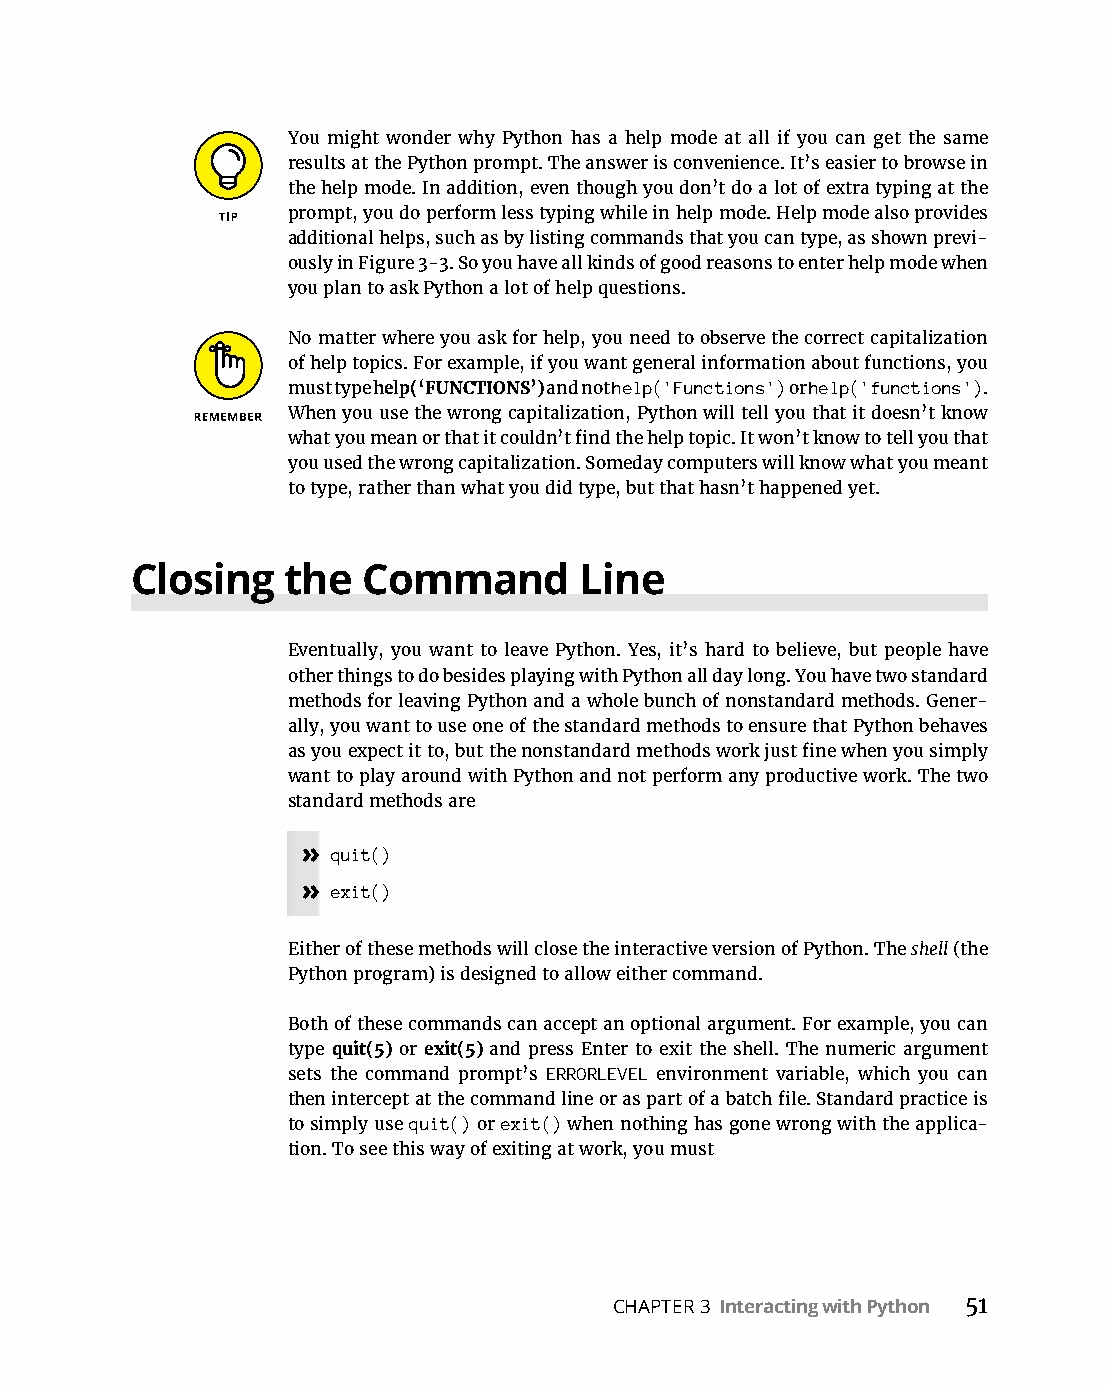
You might wonder why Python has a help mode at all if you can get the same
 results at the Python prompt. The answer is convenience. It’s easier to browse in
 the help mode. In addition, even though you don’t do a lot of extra typing at the
 prompt, you do perform less typing while in help mode. Help mode also provides
 additional helps, such as by listing commands that you can type, as shown previ-
 ously in Figure 3-3. So you have all kinds of good reasons to enter help mode when
 you plan to ask Python a lot of help questions.
 No matter where you ask for help, you need to observe the correct capitalization
 of help topics. For example, if you want general information about functions, you
 must type help(‘FUNCTIONS’) and not help('Functions') or help('functions').
 When you use the wrong capitalization, Python will tell you that it doesn’t know
 what you mean or that it couldn’t find the help topic. It won’t know to tell you that
 you used the wrong capitalization. Someday computers will know what you meant
 to type, rather than what you did type, but that hasn’t happened yet.
 Closing   the  Command       Line
 Eventually, you want to leave Python. Yes, it’s hard to believe, but people have
 other things to do besides playing with Python all day long. You have two standard
 methods for leaving Python and a whole bunch of nonstandard methods. Gener-
 ally, you want to use one of the standard methods to ensure that Python behaves
 as you expect it to, but the nonstandard methods work just fine when you simply
 want to play around with Python and not perform any productive work. The two
 standard methods are
 » quit()
 » exit()
 Either of these methods will close the interactive version of Python. The shell (the
 Python program) is designed to allow either command.
 Both of these commands can accept an optional argument. For example, you can
 type quit(5) or exit(5) and press Enter to exit the shell. The numeric argument
 sets the command prompt’s ERRORLEVEL environment variable, which you can
 then intercept at the command line or as part of a batch file. Standard practice is
 to simply use quit() or exit() when nothing has gone wrong with the applica-
 tion. To see this way of exiting at work, you must
 CHAPTER 3 Interacting with Python 51